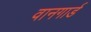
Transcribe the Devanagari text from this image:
वानगार्ड